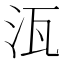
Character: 𭯽